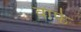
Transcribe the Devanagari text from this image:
वार्फ